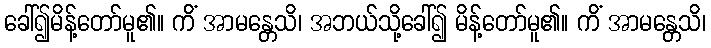
ခေါ်၍မိန့်တော်မူ၏။ ကိံ အာမန္တေသိ၊ အဘယ်သို့ခေါ်၍ မိန့်တော်မူ၏။ ကိံ အာမန္တေသိ၊